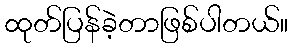
ထုတ်ပြန်ခဲ့တာဖြစ်ပါတယ်။